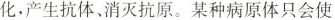
化，产生抗体、消灭抗原。某种病原体只会使